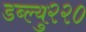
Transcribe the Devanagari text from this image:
डब्ल्यु२२०